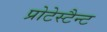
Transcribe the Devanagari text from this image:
प्रोटेस्टैन्ट